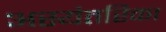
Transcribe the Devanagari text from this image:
अस्यंतरिका